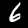
Digit: 6